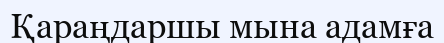
Қараңдаршы мына адамға